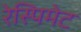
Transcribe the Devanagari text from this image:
रेस्पिमेट